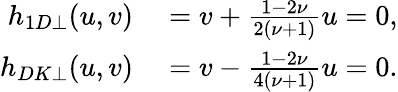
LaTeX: \begin{array}{rl}{h_{1D\perp}(u,v)}&{{}=v+\frac{1-2\nu}{2(\nu+1)}u=0,}\\ {h_{DK\perp}(u,v)}&{{}=v-\frac{1-2\nu}{4(\nu+1)}u=0.}\end{array}